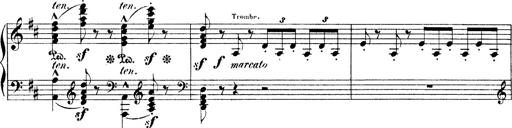
Title: Illustrations de l'opÃ©ra L'Africaine
Composer: Franz Liszt